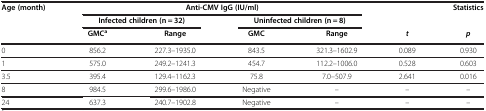
<table><thead><tr><td><b>Age (month)</b></td><td colspan="4"><b>Anti-CMV IgG (IU/ml)</b></td><td><b> </b></td><td><b>Statistics</b></td></tr><tr><td><b> </b></td><td><b> </b></td><td colspan="2"><b>Infected children(n = 32)</b></td><td colspan="2"><b>Uninfected children(n = 8)</b></td><td colspan="2"><b> </b></td></tr><tr><td><b> </b></td><td><b>GMC<sup>a</sup></b></td><td><b>Range</b></td><td><b>GMC</b></td><td><b>Range</b></td><td><b><i>t</i></b></td><td><b><i>p</i></b></td><td><b> </b></td></tr></thead><tbody><tr><td>0</td><td>856.2</td><td>227.3–1935.0</td><td>843.5</td><td>321.3–1602.9</td><td>0.089</td><td>0.930</td></tr><tr><td>1</td><td>575.0</td><td>249.2–1241.3</td><td>454.7</td><td>112.2–1006.0</td><td>0.528</td><td>0.603</td></tr><tr><td>3.5</td><td>395.4</td><td>129.4–1162.3</td><td>75.8</td><td>7.0–507.9</td><td>2.641</td><td>0.016</td></tr><tr><td>8</td><td>984.5</td><td>299.6–1986.0</td><td>Negative</td><td>–</td><td>–</td><td>–</td></tr><tr><td>24</td><td>637.3</td><td>240.7–1902.8</td><td>Negative</td><td>–</td><td>–</td><td>–</td></tr></tbody></table>